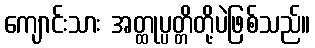
ကျောင်းသား အတ္ထုပ္ပတ္တိတို့ပဲဖြစ်သည်။